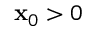
\mathbf { x } _ { 0 } > 0